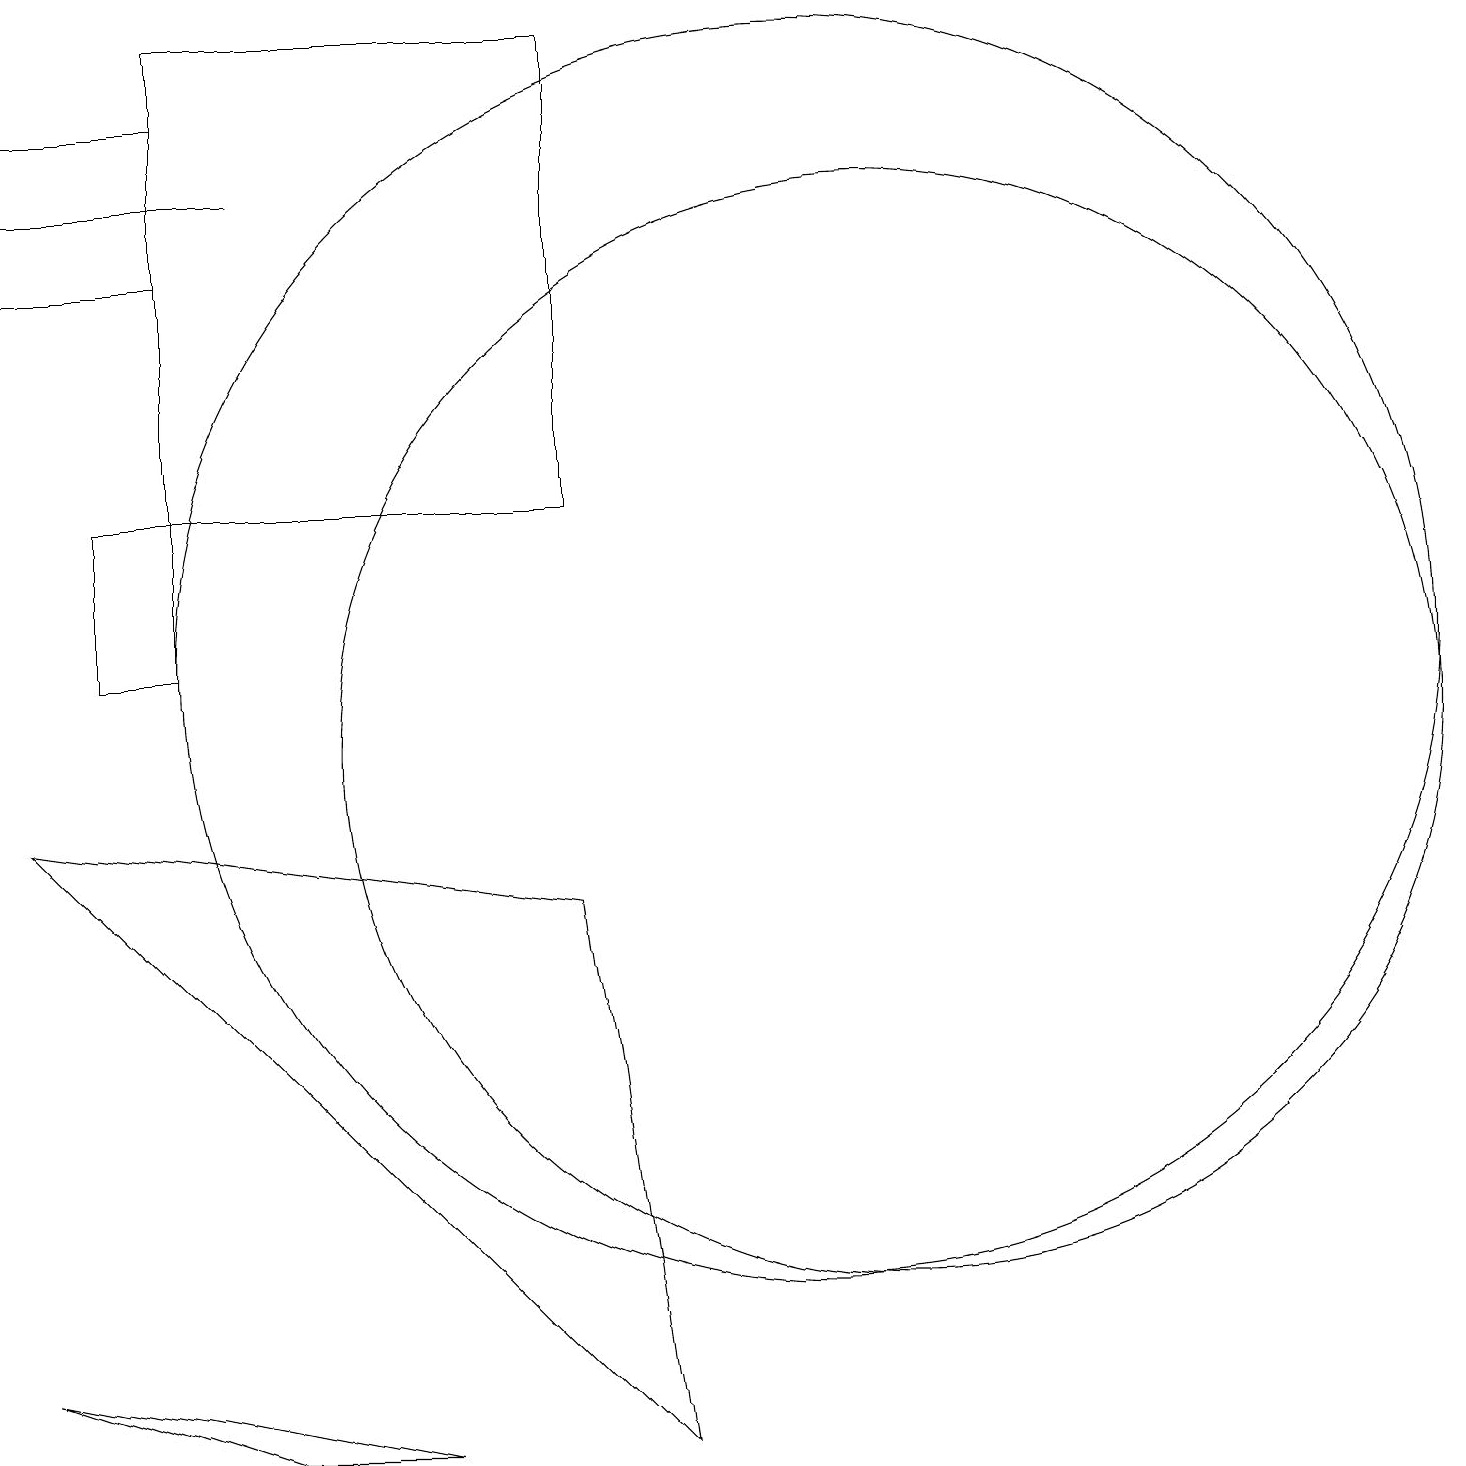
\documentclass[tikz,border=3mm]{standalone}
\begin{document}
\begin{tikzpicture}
\draw (10,11) circle (8);
\draw (1,13) rectangle (2,11);
\draw (5,1) -- (3,1) -- (0,2) -- cycle;
\draw (2,13) rectangle (7,19);
\draw (11,10) circle (7);
\draw (8,1) -- (7,8) -- (0,9) -- cycle;
\draw (3,17) rectangle (0,17);
\draw (0,16) rectangle (2,18);
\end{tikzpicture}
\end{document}